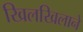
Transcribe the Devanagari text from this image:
खिलखिलाने